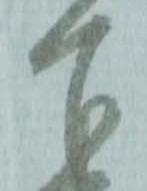
下